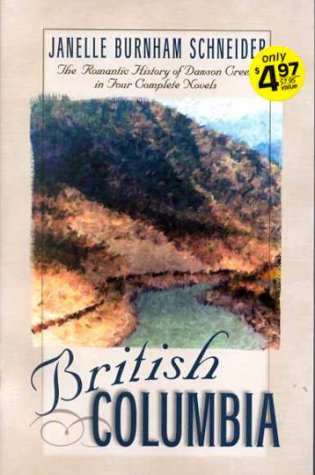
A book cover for British Columbia: The Romatic History of Dawson Creek in Four Complete Novels- River of Peace / Beckoning Streams / Winding Highway / Hidden Trails (Inspirational Romance Collection); Janelle Burnham Schneider; Travel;